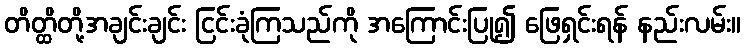
တိတ္ထိတို့အချင်းချင်း ငြင်းခုံကြသည်ကို အကြောင်းပြု၍ ဖြေရှင်းရန် နည်းလမ်း။